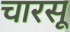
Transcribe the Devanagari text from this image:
चारसू